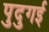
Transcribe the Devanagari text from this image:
पुदुगई